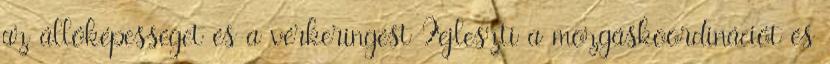
az állóképességet és a vérkeringést Fejleszti a mozgáskoordinációt és